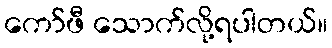
ကော်ဖီ သောက်လို့ရပါတယ်။